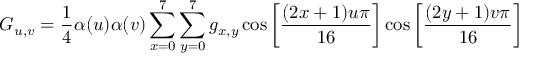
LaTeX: \ G _ { u , v } = { \frac { 1 } { 4 } } \alpha ( u ) \alpha ( v ) \sum _ { x = 0 } ^ { 7 } \sum _ { y = 0 } ^ { 7 } g _ { x , y } \cos \left[ { \frac { ( 2 x + 1 ) u \pi } { 1 6 } } \right] \cos \left[ { \frac { ( 2 y + 1 ) v \pi } { 1 6 } } \right]